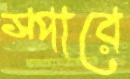
স্পারে